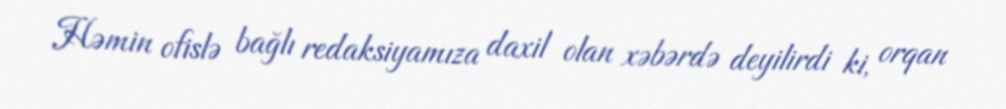
Həmin ofislə bağlı redaksiyamıza daxil olan xəbərdə deyilirdi ki, orqan